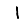
Digit: 1